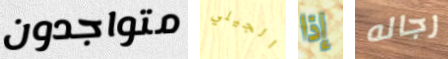
متواجدون الجيلي إذا رجاله